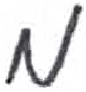
אות: מ